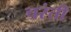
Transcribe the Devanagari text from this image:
चरंती